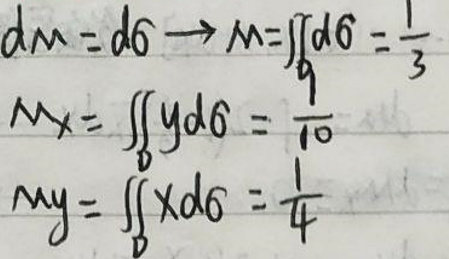
\[
\begin{align*}
dm&=d\theta\\
\rightarrow m&=\int d\theta=\frac{1}{3}\\
M_x&=\int yd\theta=\frac{10}{1}\\
M_y&=\int xd\theta=\frac{1}{4}
\end{align*}
\]